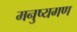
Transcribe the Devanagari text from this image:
मनुष्यगण